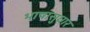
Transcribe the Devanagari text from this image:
भाषासुधार